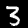
Digit: 3